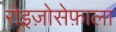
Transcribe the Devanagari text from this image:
रोइज़ोसेफ़ाला